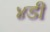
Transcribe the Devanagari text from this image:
४डी